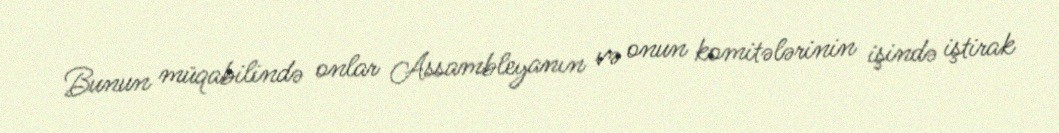
Bunun müqabilində onlar Assambleyanın və onun komitələrinin işində iştirak